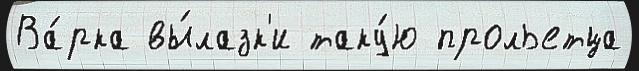
Ва́рка вы́лазк'и таку́ю прольетца